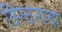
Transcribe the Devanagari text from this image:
विरेचनाचा